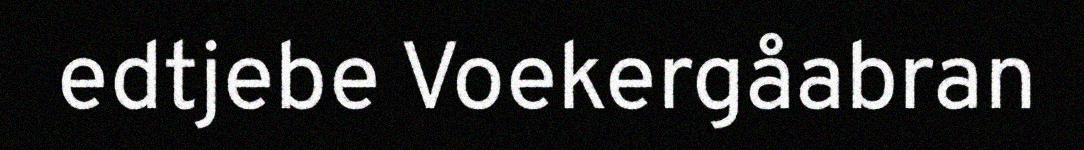
edtjebe Voekergåabran